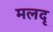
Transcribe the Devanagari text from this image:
मलदृ